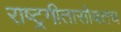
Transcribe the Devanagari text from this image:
राष्ट्रगीतासोबतच